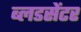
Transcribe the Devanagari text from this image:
ब्लडसेंटर